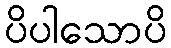
ပိပါသောပိ